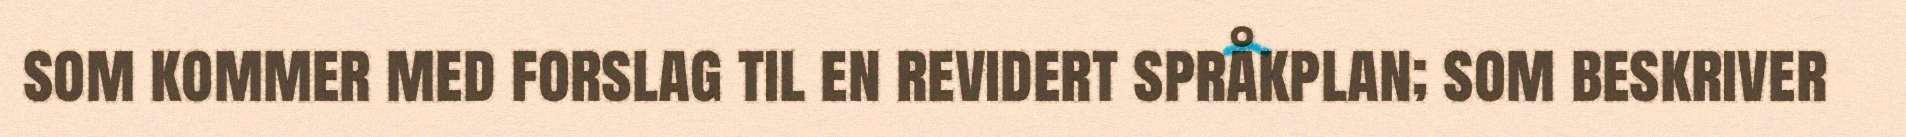
som kommer med forslag til en revidert språkplan; som beskriver